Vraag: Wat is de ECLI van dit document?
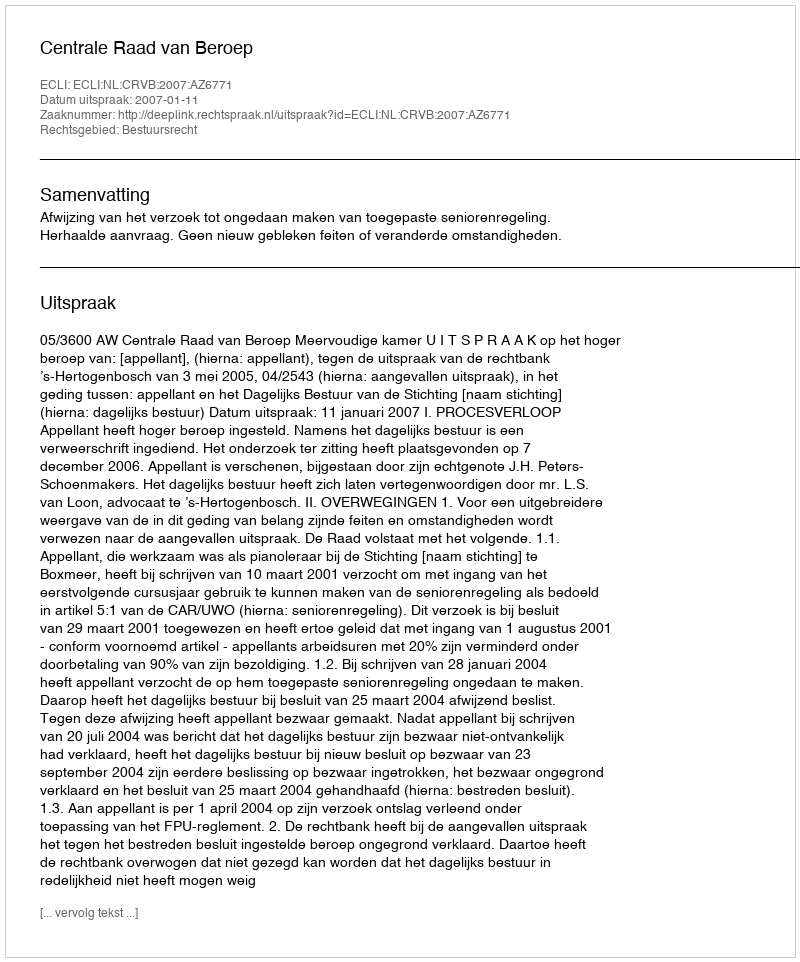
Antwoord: ECLI:NL:CRVB:2007:AZ6771